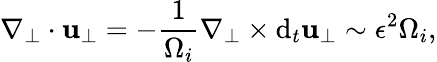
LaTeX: \nabla_{\perp}\cdot\boldsymbol{\mathbf{u}}_{\perp}=-\frac{{1}}{{\Omega_{i}}}\nabla_{\perp}\times\mathrm{{d}}_{t}\boldsymbol{\mathbf{u}}_{\perp}\sim\epsilon^{2}\Omega_{i},